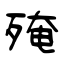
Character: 殗